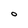
Character: O